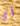
أي